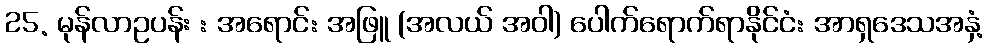
25. မုန်လာဥပန်း : အရောင်: အဖြူ (အလယ် အဝါ) ပေါက်ရောက်ရာနိုင်ငံ: အာရှဒေသအနှံ့